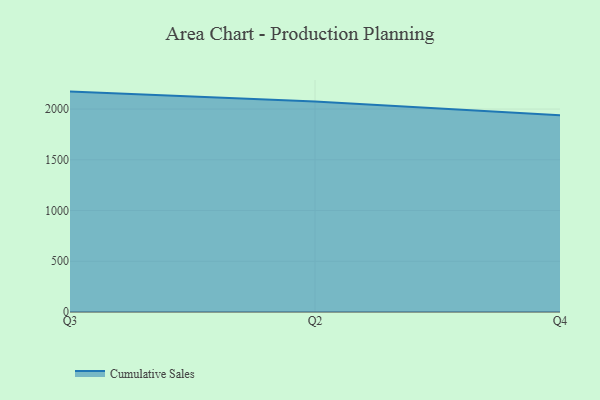
{"axis": {"x": "Quarter", "y": "Active Users"}, "legend": ["Cumulative Sales"], "data": [{"x": "Q3", "y": 2172.0, "type": "Cumulative Sales"}, {"x": "Q2", "y": 2074.5, "type": "Cumulative Sales"}, {"x": "Q4", "y": 1939.6, "type": "Cumulative Sales"}]}